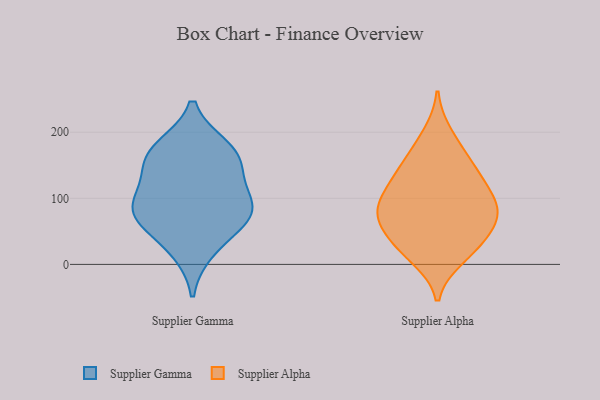
{"axis": {"x": "Conversion Rate (%)", "y": "Value"}, "legend": ["Supplier Alpha", "Supplier Gamma"], "data": [{"x": "", "y": 172, "type": "Supplier Gamma"}, {"x": "", "y": 21, "type": "Supplier Gamma"}, {"x": "", "y": 177, "type": "Supplier Gamma"}, {"x": "", "y": 60, "type": "Supplier Gamma"}, {"x": "", "y": 155, "type": "Supplier Gamma"}, {"x": "", "y": 94, "type": "Supplier Gamma"}, {"x": "", "y": 141, "type": "Supplier Gamma"}, {"x": "", "y": 73, "type": "Supplier Gamma"}, {"x": "", "y": 81, "type": "Supplier Gamma"}, {"x": "", "y": 96, "type": "Supplier Gamma"}, {"x": "", "y": 86, "type": "Supplier Alpha"}, {"x": "", "y": 89, "type": "Supplier Alpha"}, {"x": "", "y": 53, "type": "Supplier Alpha"}, {"x": "", "y": 29, "type": "Supplier Alpha"}, {"x": "", "y": 119, "type": "Supplier Alpha"}, {"x": "", "y": 41, "type": "Supplier Alpha"}, {"x": "", "y": 17, "type": "Supplier Alpha"}, {"x": "", "y": 170, "type": "Supplier Alpha"}, {"x": "", "y": 67, "type": "Supplier Alpha"}, {"x": "", "y": 97, "type": "Supplier Alpha"}, {"x": "", "y": 10, "type": "Supplier Alpha"}, {"x": "", "y": 125, "type": "Supplier Alpha"}, {"x": "", "y": 197, "type": "Supplier Alpha"}, {"x": "", "y": 78, "type": "Supplier Alpha"}, {"x": "", "y": 147, "type": "Supplier Alpha"}, {"x": "", "y": 142, "type": "Supplier Alpha"}, {"x": "", "y": 75, "type": "Supplier Alpha"}]}